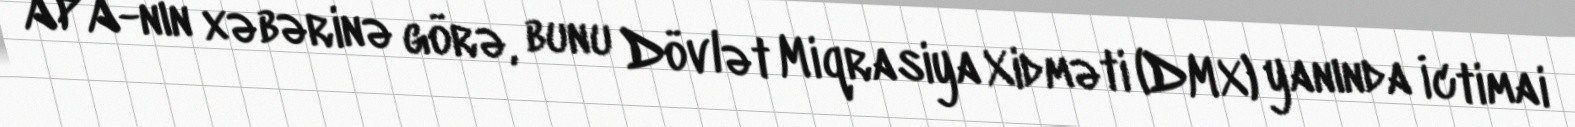
APA-nın xəbərinə görə, bunu Dövlət Miqrasiya Xidməti (DMX) yanında İctimai